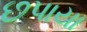
છપાયા